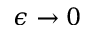
\epsilon \rightarrow 0